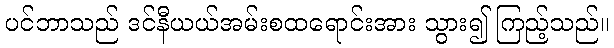
ပင်ဘာသည် ဒင်နီယယ်အမ်းစထရောင်းအား သွား၍ ကြည့်သည်။